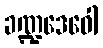
ခဏ္ဍဒေဝေါ